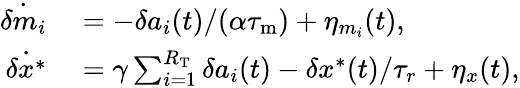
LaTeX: \begin{array}{rl}{\dot{\delta m_{i}}}&{{}=-\delta a_{i}(t)/(\alpha{\tau_{\mathrm{m}}})+\eta_{m_{i}}(t),}\\ {\dot{\delta x^{\ast}}}&{{}=\gamma\sum_{i=1}^{R_{\mathrm{T}}}\delta a_{i}(t)-\delta x^{*}(t)/\tau_{r}+\eta_{x}(t),}\end{array}